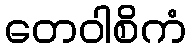
တေဝါစိကံ